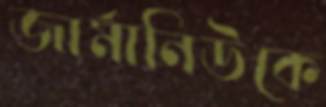
জার্মানিউকে